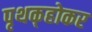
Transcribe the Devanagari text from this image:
पृथक्‌होकर